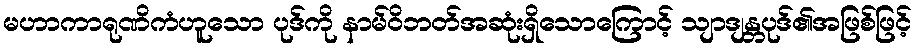
မဟာကာရုဏိကံဟူသော ပုဒ်ကို နာမ်ဝိဘတ်အဆုံးရှိသောကြောင့် သျာဒျန္တပုဒ်၏အဖြစ်ဖြင့်